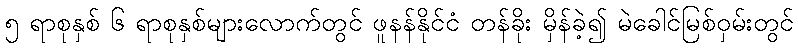
၅ ရာစုနှစ် ၆ ရာစုနှစ်များလောက်တွင် ဖူနန်နိုင်ငံ တန်ခိုး မှိန်ခဲ့၍ မဲခေါင်မြစ်ဝှမ်းတွင်